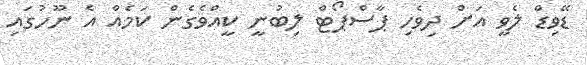
ޑޭވިޑް ލެވީ އަށް ދިވެހި ޕާސްޕޯޓް ލިބުނީ ކީއްވެގެން ކަމެއް އެ ނޫހުގައި